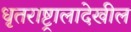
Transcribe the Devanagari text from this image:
धृतराष्ट्रालादेखील